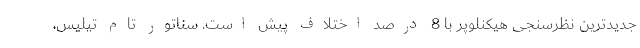
جدیدترین نظرسنجی هیکنلوپر با 8 درصد اختلاف پیش است. سناتور تام تیلیس،